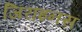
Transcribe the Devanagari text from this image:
जिराइनस